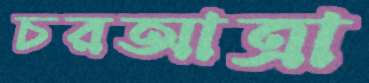
চরআত্রা